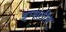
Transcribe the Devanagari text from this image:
इप्सटीन